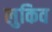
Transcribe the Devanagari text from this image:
लुकिव